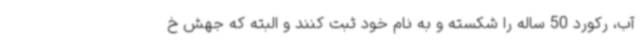
آب، رکورد 50 ساله را شکسته و به نام خود ثبت کنند و البته که جهش خ